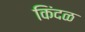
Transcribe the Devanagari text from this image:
किंदळ